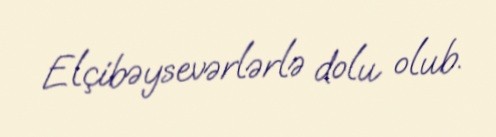
Elçibəysevərlərlə dolu olub.